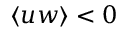
\langle u w \rangle < 0